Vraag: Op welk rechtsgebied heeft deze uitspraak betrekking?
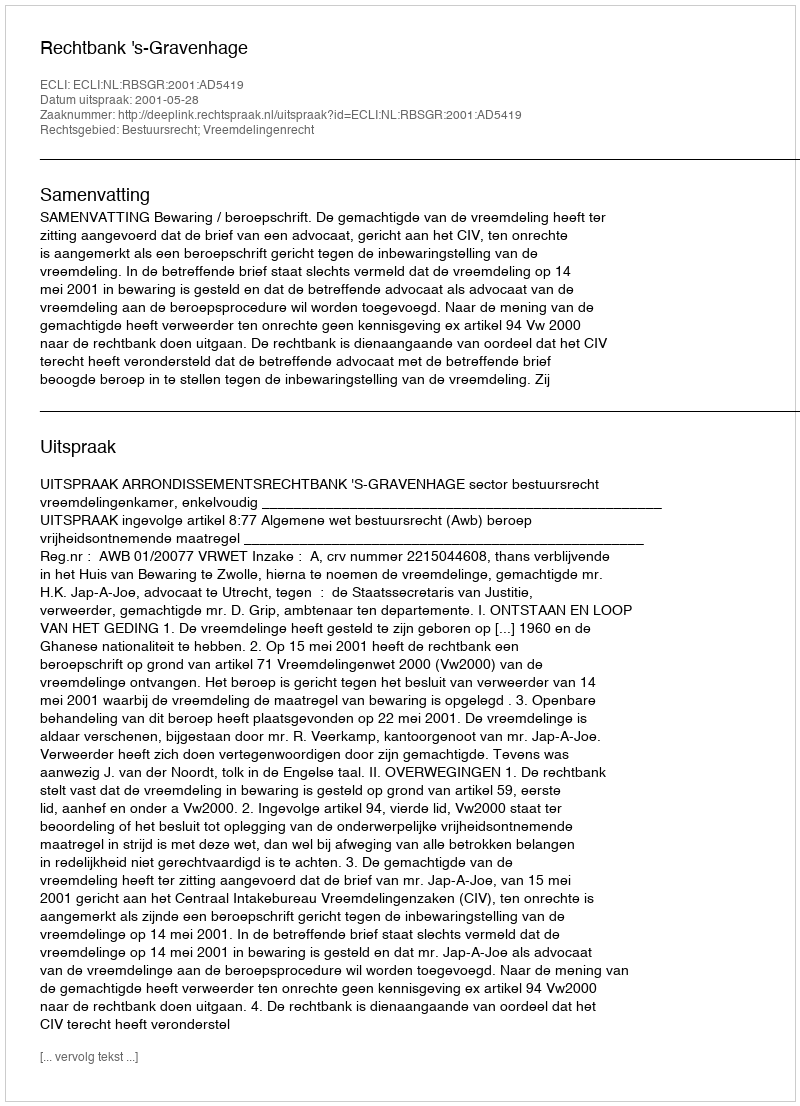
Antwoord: Bestuursrecht; Vreemdelingenrecht